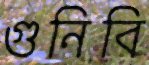
গুনিবি